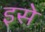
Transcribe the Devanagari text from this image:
इसे